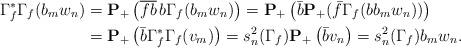
LaTeX: \begin{align*}\Gamma_f^*\Gamma_f(b_mw_n)&={\bf P}_+\left(\overline{fb} \,b \Gamma_{f}(b_mw_n)\right)={\bf P}_+\left(\bar b{\bf P}_+(\bar f\Gamma_{f}(bb_mw_n))\right)\\&={\bf P}_+\left(\bar b\Gamma_f^*\Gamma_f(v_m)\right)=s_n^2(\Gamma_f){\bf P}_+\left(\bar bv_n\right)=s_n^2(\Gamma_f)b_mw_n.\end{align*}